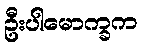
ဦးပါမောက္ခက